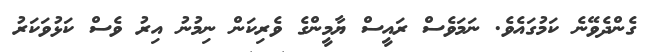
ގެންދެވޭނެ ކަމުގައެވެ. ނަމަވެސް ރައީސް ޔާމީންގެ ވެރިކަން ނިމުނު އިރު ވެސް ކަޅުވަކަރު